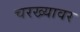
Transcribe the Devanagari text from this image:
चरख्यावर